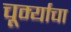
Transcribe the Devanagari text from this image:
चूर्म्याचा